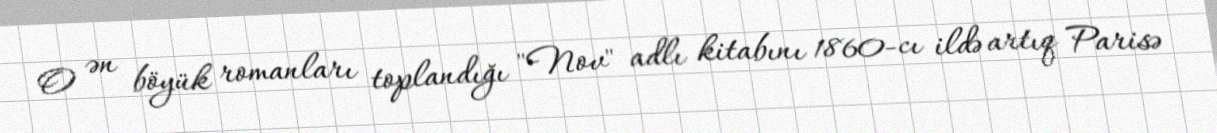
O ən böyük romanları toplandığı "Nov" adlı kitabını 1860-cı ildə artıq Parisə